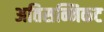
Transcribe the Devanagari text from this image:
अतिसन्निकट